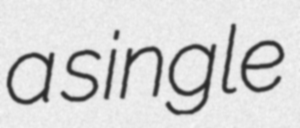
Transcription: a single